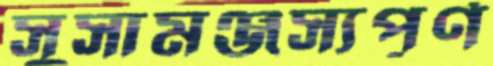
সুসামঞ্জস্যপূর্ণ